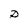
Character: D